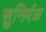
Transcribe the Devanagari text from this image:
सुनिर्मळ